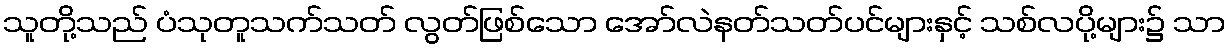
သူတို့သည် ပံသုတူသက်သတ် လွတ်ဖြစ်သော အော်လဲနတ်သတ်ပင်များနှင့် သစ်လပို့များ၌ သာ